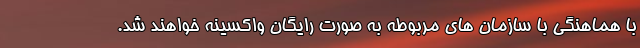
با هماهنگی با سازمان های مربوطه به صورت رایگان واکسینه خواهند شد.